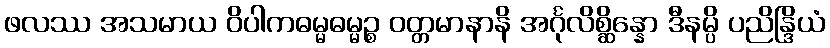
ဖလဿ အသမာယ ဝိပါကဓမ္မဓမ္မဉ္စ ဝတ္တမာနာနိ အင်္ဂုလိစ္ဆိန္နော ဒီနမ္ပိ ပညိန္ဒြိယံ